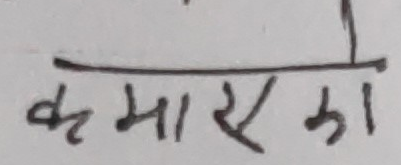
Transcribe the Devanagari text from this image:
क माया एका